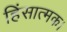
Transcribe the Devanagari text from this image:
हिंसात्मक।